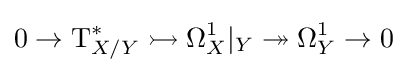
0\to \mathrm {T} _{X/Y}^{*}\rightarrowtail \Omega _{X}^{1}|_{Y}\twoheadrightarrow \Omega _{Y}^{1}\to 0